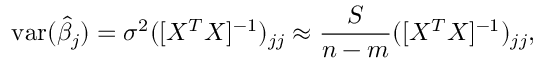
\operatorname { v a r } ( { \hat { \beta } } _ { j } ) = \sigma ^ { 2 } ( [ X ^ { T } X ] ^ { - 1 } ) _ { j j } \approx { \frac { S } { n - m } } ( [ X ^ { T } X ] ^ { - 1 } ) _ { j j } ,